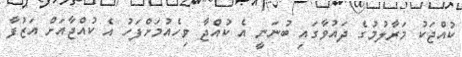
ކުއްޖަކު މަރާލުމުގެ ދައުވާގައި ބުނަނީ އެ ކުއްޖާ ވިހެއުމަށްފަހު އެ ކުއްޖާއަށް އަޒުފާ